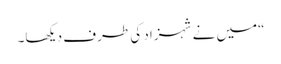
“میں نے شہزاد کی طرف دیکھا۔